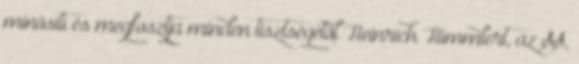
minõsíti és megfosztja minden tisztségétõl Heinrich Himmlert, az SS,